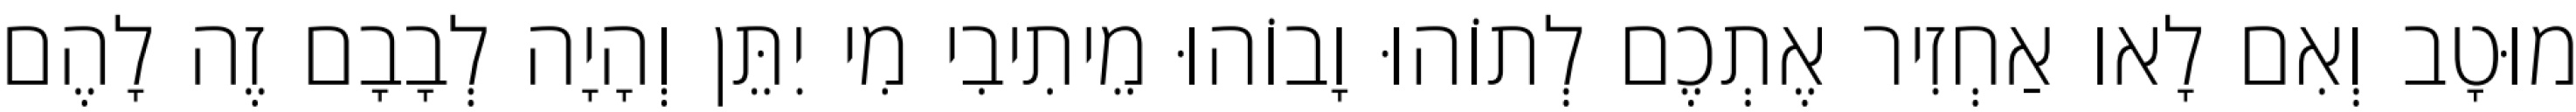
מוּטָב וְאִם לָאו אַחְזִיר אֶתְכֶם לְתוֹהוּ וָבוֹהוּ מֵיתִיבִי מִי יִתֵּן וְהָיָה לְבָבָם זֶה לָהֶם